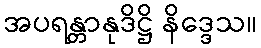
အပရန္တာနုဒိဋ္ဌိ နိဒ္ဒေသ။